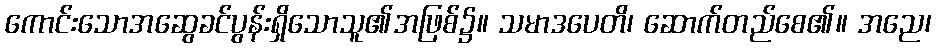
ကောင်းသောအဆွေခင်ပွန်းရှိသောသူ၏အဖြစ်၌။ သမာဒပေတိ၊ ဆောက်တည်စေ၏။ အညေ၊